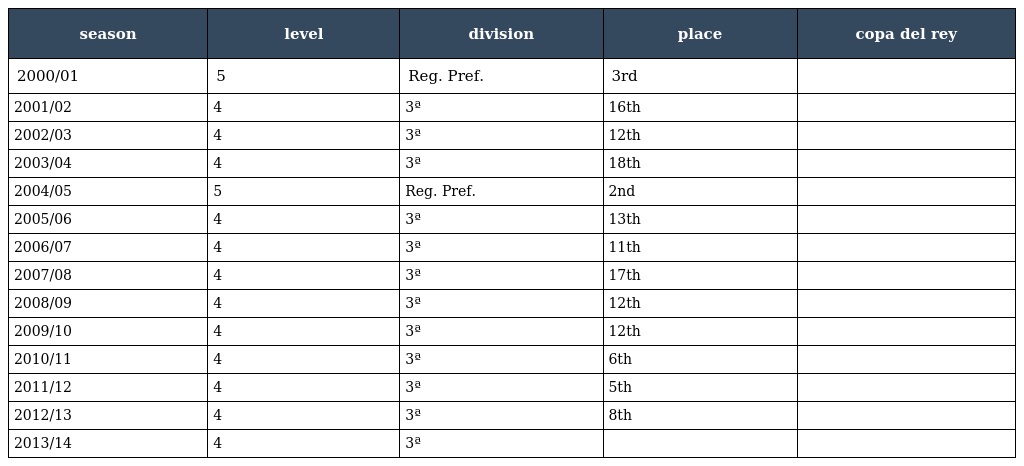
| season | level | division | place | copa del rey |
 | --- | --- | --- | --- | --- |
 | 2000/01 | 5 | Reg. Pref. | 3rd |  |
 | 2001/02 | 4 | 3ª | 16th |  |
 | 2002/03 | 4 | 3ª | 12th |  |
 | 2003/04 | 4 | 3ª | 18th |  |
 | 2004/05 | 5 | Reg. Pref. | 2nd |  |
 | 2005/06 | 4 | 3ª | 13th |  |
 | 2006/07 | 4 | 3ª | 11th |  |
 | 2007/08 | 4 | 3ª | 17th |  |
 | 2008/09 | 4 | 3ª | 12th |  |
 | 2009/10 | 4 | 3ª | 12th |  |
 | 2010/11 | 4 | 3ª | 6th |  |
 | 2011/12 | 4 | 3ª | 5th |  |
 | 2012/13 | 4 | 3ª | 8th |  |
 | 2013/14 | 4 | 3ª |  |  |